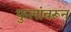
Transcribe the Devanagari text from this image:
फुलांवरून